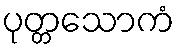
ပုတ္တသောကံ